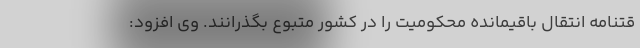
قتنامه انتقال باقیمانده محکومیت را در کشور متبوع بگذرانند. وی افزود: